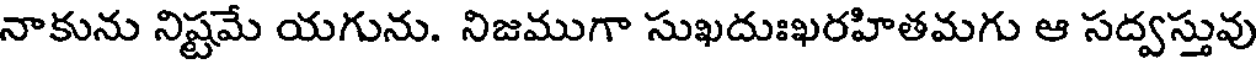
నాకును నిష్టమే యగును. నిజముగా సుఖదుఃఖరహితమగు ఆ సద్వస్తువు